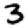
Digit: 3